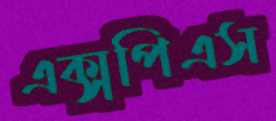
এক্সপিএস